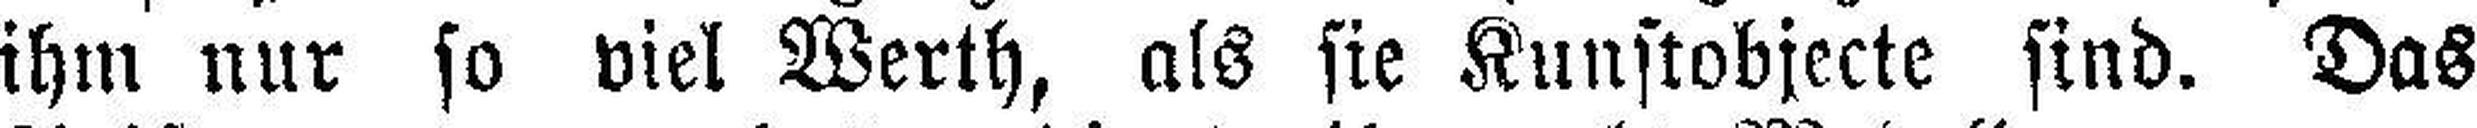
ihm nur so viel Werth, als sie Kunstobjecte sind. Das